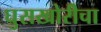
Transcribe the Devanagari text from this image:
घुसखोरीचा